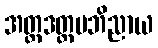
အတ္တဒတ္ထမဘိညာယ